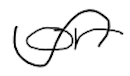
Text: or
Cross-out: wave
Writing tool: digital_black